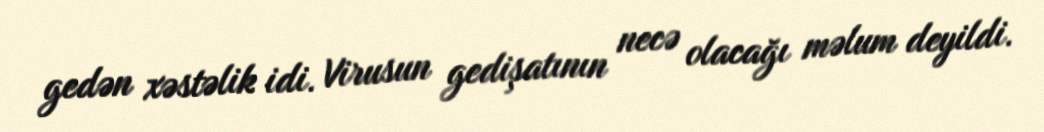
gedən xəstəlik idi. Virusun gedişatının necə olacağı məlum deyildi.